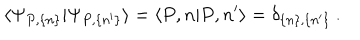
\langle \Psi _ { P , \{ n \} } | \Psi _ { P , \{ n ^ { \prime } \} } \rangle = \langle P , n | P , n ^ { \prime } \rangle = \delta _ { \{ n \} , \{ n ^ { \prime } \} } \: .